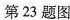
第23题图